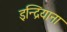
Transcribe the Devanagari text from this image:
इन्द्रियाना